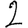
Digit: 2